Annual administration and progress report of the Indian Medical Department, Bombay
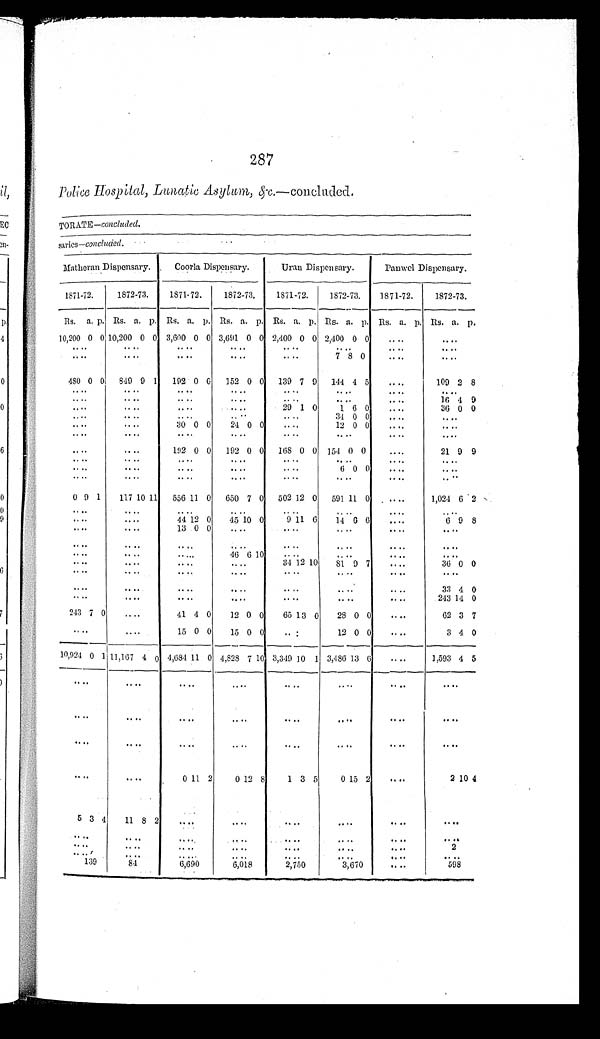
287
Police Hospbtal, Lunatic Asylum, &c .—concluded.
TORATE—c o n c l u d e d .
saries—concluded.
Matheran Dispensary.
Coorla Dispensary.
Uran Dispensary.
Panwel Dispensary.
1871-72.
1872-73.
1871-72.
1872-73.
1871-72.
1872-73.
1871-72.
1872-73.
Rs. a. p. Rs. a. p. Rs. a. p. Rs. a. p. Rs. a. p. Rs. a. p. Rs. a. p. Rs. a. p.
10,200 0 0 10,200 0 0 3,600 0 0 3,691 0 0 2,400 0 0 2,400 0 0
. . .
. . .
. . .
. . . . . .
. . .
. . .
. . .
. . .
. . . . . .
. . .
. . . . . .
. . .
. . .
7
8 0
. . .
. . .
480 0 0 849 9 1 192 0 0 152 0 0 139 7 9 144 4 5
. . .
109 2 8
. . .
. . .
. . .
. . .
. . .
. . .
. . .
. . .
. . .
. . .
. . .
. . .
. . .
. . .
. . .
16 4 9
. . .
. . .
. . .
. . .
29 1 0
1 6 0
. . .
36 0 0
. . .
. . .
. . .
. . .
. . .
3 4 0 0
. . .
. . .
. . .
. . .
3 0
0 0
24 0 0
. . .
12 0 0
. . .
. . .
. . .
. . .
. . .
. . .
. . .
. . .
. . .
. . .
. . .
. . .
192 0 0 192 0 0 168 0 0 154 0 0
. . .
21 9 9
. . .
. . .
. . .
. . .
. . .
. . .
. . .
. . .
. . .
. . .
. . .
. . .
. . .
6 0 0
. . .
. . .
. . .
. . .
. . .
. . .
. . .
. . .
. . .
. . .
0 9 1
117 10 11 556 11 0 650 7 0 502 12 0 591 11 0
. . .
1,024 6 2
. . .
. . .
. . .
. . .
. . .
. . .
. . .
. . .
. . .
. . .
44 12 0
45 10 0
9
11 6
14 6 6
. . .
6 9 8
. . .
. . .
13 0 0
. . .
. . .
. . .
. . .
. . .
. . .
. . .
. . .
. . .
. . .
. . .
. . .
. . .
. . .
. . .
. . .
46 6 10
. . .
. . .
. . .
. . .
. . .
. . .
. . .
. . .
34 12 10
81 9 7
. . .
36 0 0
. . .
. . .
. . .
. . .
. . .
. . .
. . .
. . .
. . .
. . .
. . .
. . .
. . .
. . .
. . .
33 4 0
. . .
. . .
. . .
. . .
. . .
. . .
. . .
243 14 0
243 7 0
. . .
41 4 0
12 0 0
65 13 0
28 0 0
. . .
62 3 7
. . .
. . .
15 0 0
15 0 0
. . .
12 0 0
. . .
3 4 0
10,924 0 1 11,167 4 0 4,684 11 0 4,828 7 10 3,349 10 1 3,486 13 6
. . .
1,593 4 5
. . .
. . .
. . .
. . .
. . . . . .
. . .
. . .
. . .
. . .
. . .
. . .
. . . . . .
. . .
. . .
. . .
. . .
. . .
. . .
. . .
. . .
. . .
. . .
. . .
. . .
0 11 2
0 12 8
1
3 5
0 15 2
. . .
2 10 4
5 3 4
11 8 2
. . .
. . .
. . .
. . .
. . .
. . .
. . .
. . .
. . .
. . .
. . .
. . .
. . .
. . .
. . .
. . .
. . .
. . .
. . .
. . .
. . .
2
. . .
. . .
. . .
. . .
. . .
. . .
. . .
. . .
139
84
6,690
6,018
2,750
3,670
. . .
598